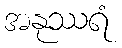
အနုဿရံ